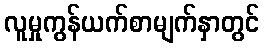
လူမှုကွန်ယက်စာမျက်နှာတွင်